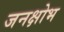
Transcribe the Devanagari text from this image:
जनक्षोभ